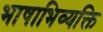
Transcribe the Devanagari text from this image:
भाषाभिव्यक्ति